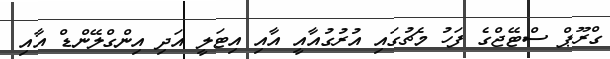
ގްރޫޕް ސްޓޭޖްގެ ފަހު މެޗުގައި އުރުގުއާއީ އާއި އިޓަލީ އަދި އިންގްލޭންޑް އާއި